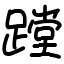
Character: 蹚